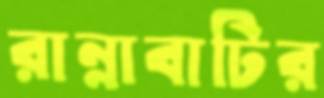
রান্নাবাটির